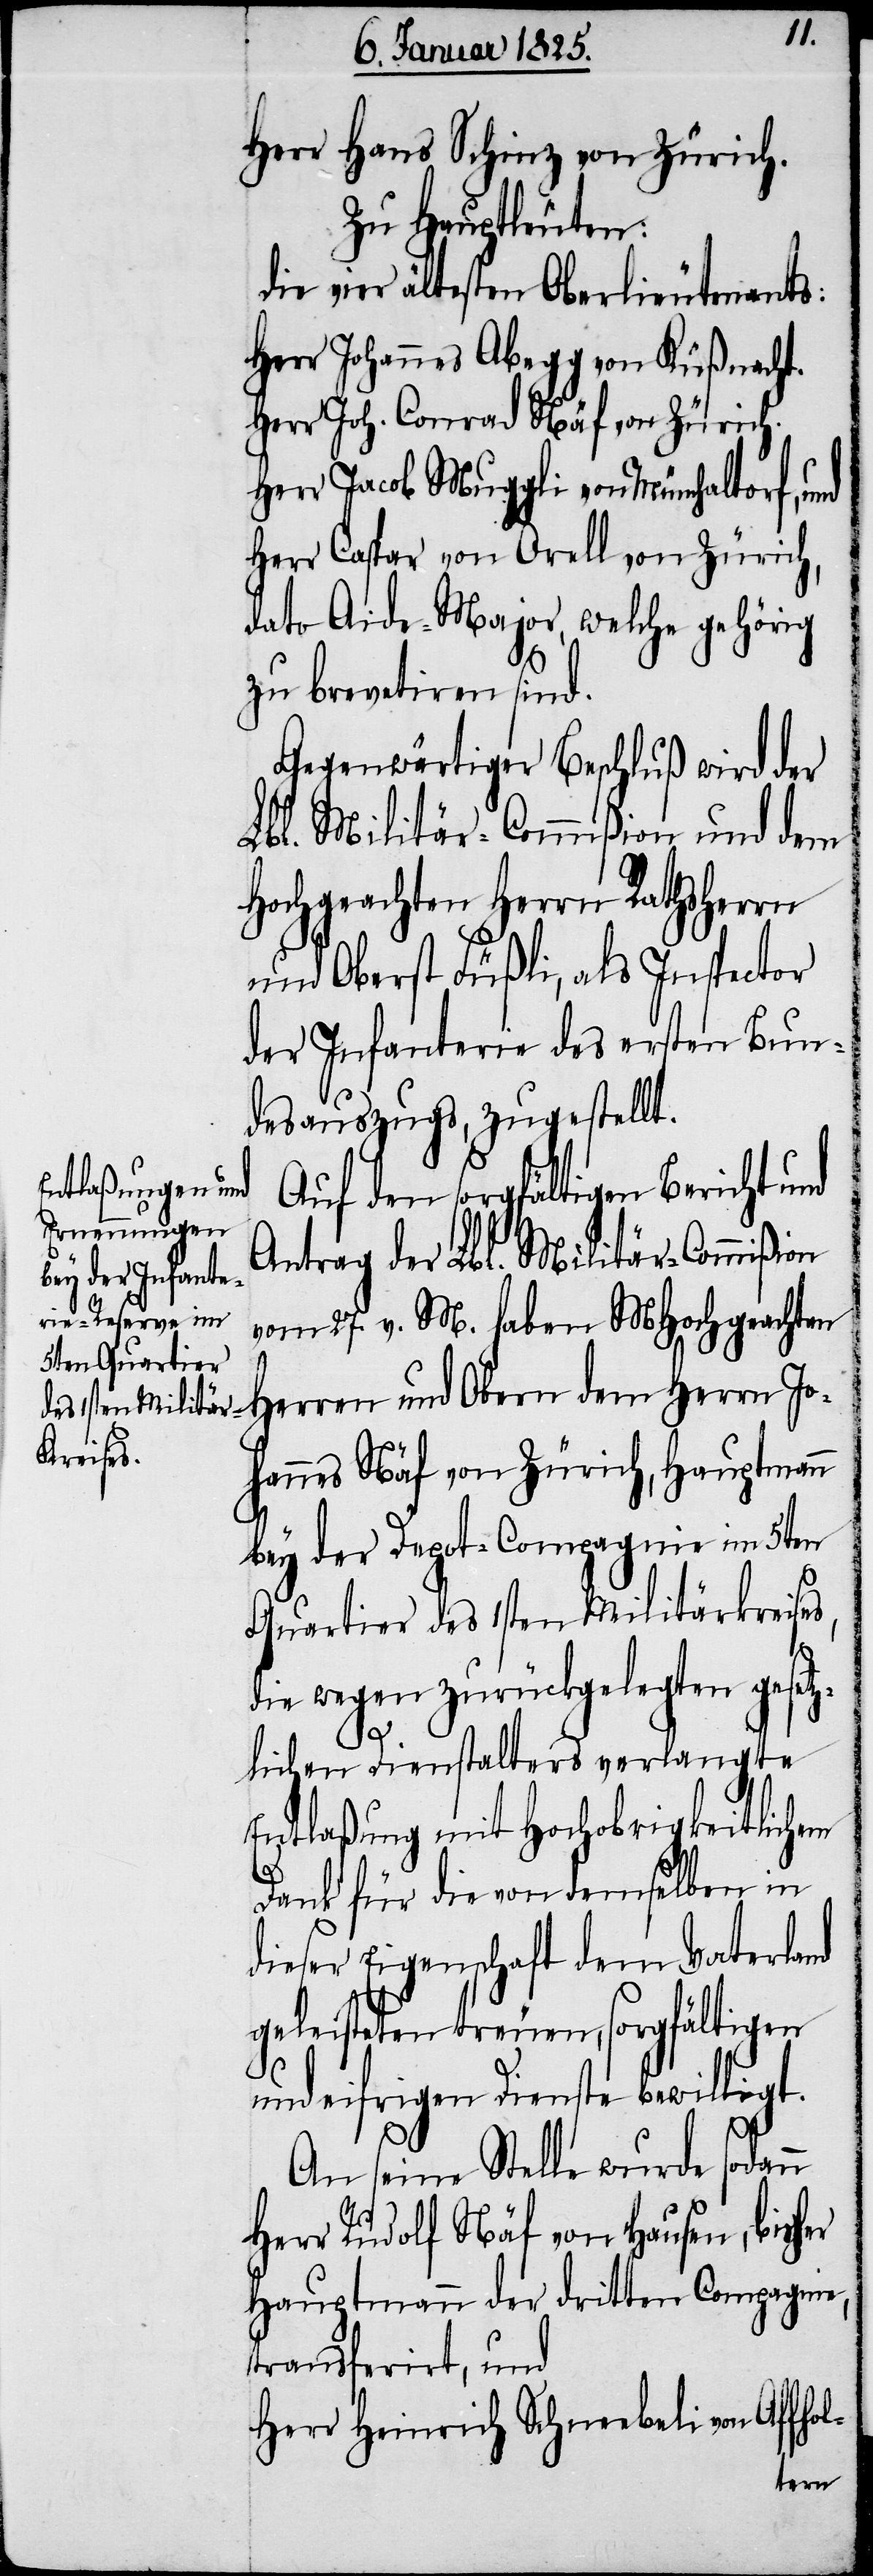
Auf den sorgfältigen Bericht und
Antrag der Lbl. Militär-Commißion
vom 27. v. M. haben MHochgeachten
Herren und Obern dem Herrn Jo¬
hannes Näf von Zürich, Hauptmann
bey der Depot-Compagnie im 5ten
Quartier des 1sten Militärkreises,
die wegen zurückgelegten geset¬
zlichen Dienstalters verlangte
Entlaßung mit Hochobrigkeitlichem
Dank für die von demselben in
dieser Eigenschaft dem Vaterland
geleisteten treuen, sorgfältigen
und eifrigen Dienste bewilligt.
An seine Stelle wurde sodann
Herr Rudolf Näf von Hausen, bisher
Hauptmann der dritten Compagnie,
transferirt, und
Herr Heinrich Schneebeli von Affol-